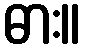
ဓား။